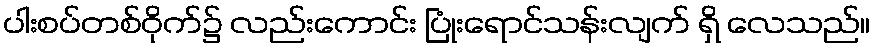
ပါးစပ်တစ်ဝိုက်၌ လည်းကောင်း ပြုံးရောင်သန်းလျက် ရှိ လေသည်။